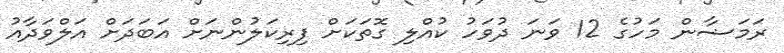
ރަމަޟާން މަހުގެ 12 ވަނަ ދުވަހު ކުއްލި ގޮތަކަށް ފިރިކަލުންނަށް އަބަދަށް އަލްވަދާއު